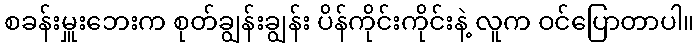
စခန်းမှူးဘေးက စုတ်ချွန်းချွန်း ပိန်ကိုင်းကိုင်းနဲ့ လူက ဝင်ပြောတာပါ။